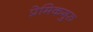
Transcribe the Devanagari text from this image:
प्रेमिकगुरु